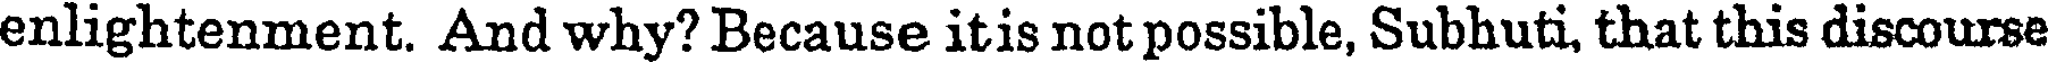
enlightenment. And why? Because itis not possible, Subhuti, that this discourse